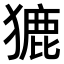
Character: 𤡊